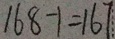
1 6 8 - 1 = 1 6 7